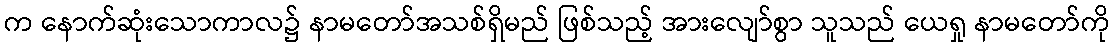
က နောက်ဆုံးသောကာလ၌ နာမတော်အသစ်ရှိမည် ဖြစ်သည့် အားလျော်စွာ သူသည် ယေရှု နာမတော်ကို